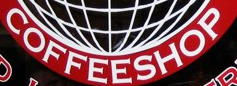
CODDEESHOP